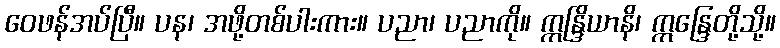
ဝေဖန်အပ်ပြီ။ ပန၊ အဖို့တစ်ပါးကား။ ပညာ၊ ပညာကို။ ဣန္ဒြိယာနိ၊ ဣန္ဒြေတို့သို့။